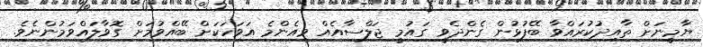
ޔާމީނަށް ތާއިދުކުރައްވާ ބޭފުޅުން ގެންދެވީ ގައުމީ ޖަލްސާއެއް ވީއެންމެ އަވަހަކަށް ބޭއްވުމަށް ގޮވާލައްވަމުންނެވެ.